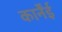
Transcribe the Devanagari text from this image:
कार्नेंई